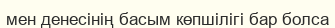
мен денесінің басым көпшілігі бар болса